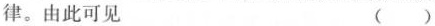
律。由此可见 ()